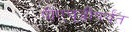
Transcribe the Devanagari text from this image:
पीएच्‌डीपर्यंत